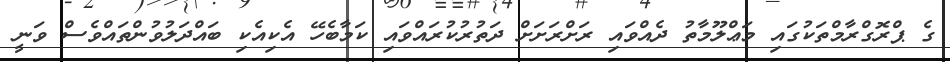
ގެ ޕްރޮގްރާމްތަކުގައި މަޢްލޫމާތު ދެއްވައި ރަށްރަށަށް ދަތުރުކުރައްވައި ކަމާބެހޭ އެކިއެކި ބައްދަލުވުންތައްވެސް ވަނީ